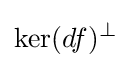
\mathrm {ker} (df)^{\perp }